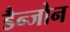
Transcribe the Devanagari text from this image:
डैन्जोन